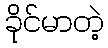
ခိုင်မာတဲ့